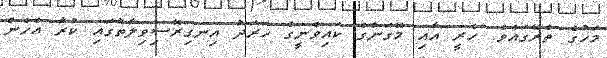
މަހުގެ ތެރޭގައެވެ. ހެރީ އާއި މޭގަންގެ ކައިވެނީގެ ޚަރަދު އިނގިރޭސިވިލާތުގައި ކުރާ އެހެން